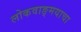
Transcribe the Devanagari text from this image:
लोकवाङ्मयाचा